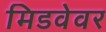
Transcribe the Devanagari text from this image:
मिडवेवर